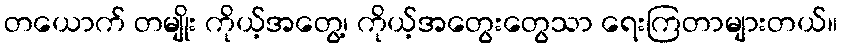
တယောက် တမျိုး ကိုယ့်အတွေ့၊ ကိုယ့်အတွေးတွေသာ ရေးကြတာများတယ်။